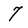
Character: 7